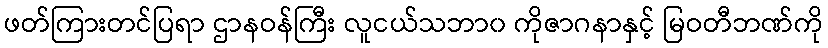
ဖတ်ကြားတင်ပြရာ ဌာနဝန်ကြီး လူငယ်သဘာ၀ ကိုဇာဂနာနှင့် မြဝတီဘဏ်ကို